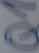
Text: Q1